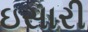
ઇસારી